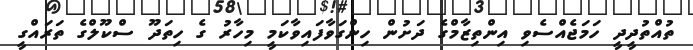
ތުއްތުދީދީ ހަމަޖެއްސެވި އިންތިޒާމްގެ ދަށުން ހިންގަވާފައިވާކަމީ މިހާރު ގެ ހިތަދޫ ސްކޫލްގެ ތަރައްގީ